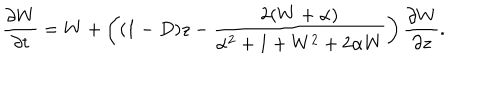
LaTeX: \frac { \partial W } { \partial t } = W + \left( ( 1 - D ) z - \frac { 2 ( W + \alpha ) } { \alpha ^ { 2 } + 1 + W ^ { 2 } + 2 \alpha W } \right) \frac { \partial W } { \partial z } .